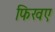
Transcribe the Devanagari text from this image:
फिखए